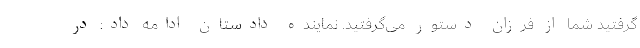
‌گرفتید شما از فرزان دستور می‌گرفتید. نماینده دادستان ادامه داد: در